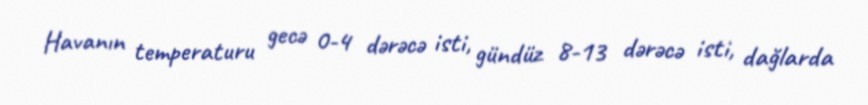
Havanın temperaturu gecə 0-4 dərəcə isti, gündüz 8-13 dərəcə isti, dağlarda